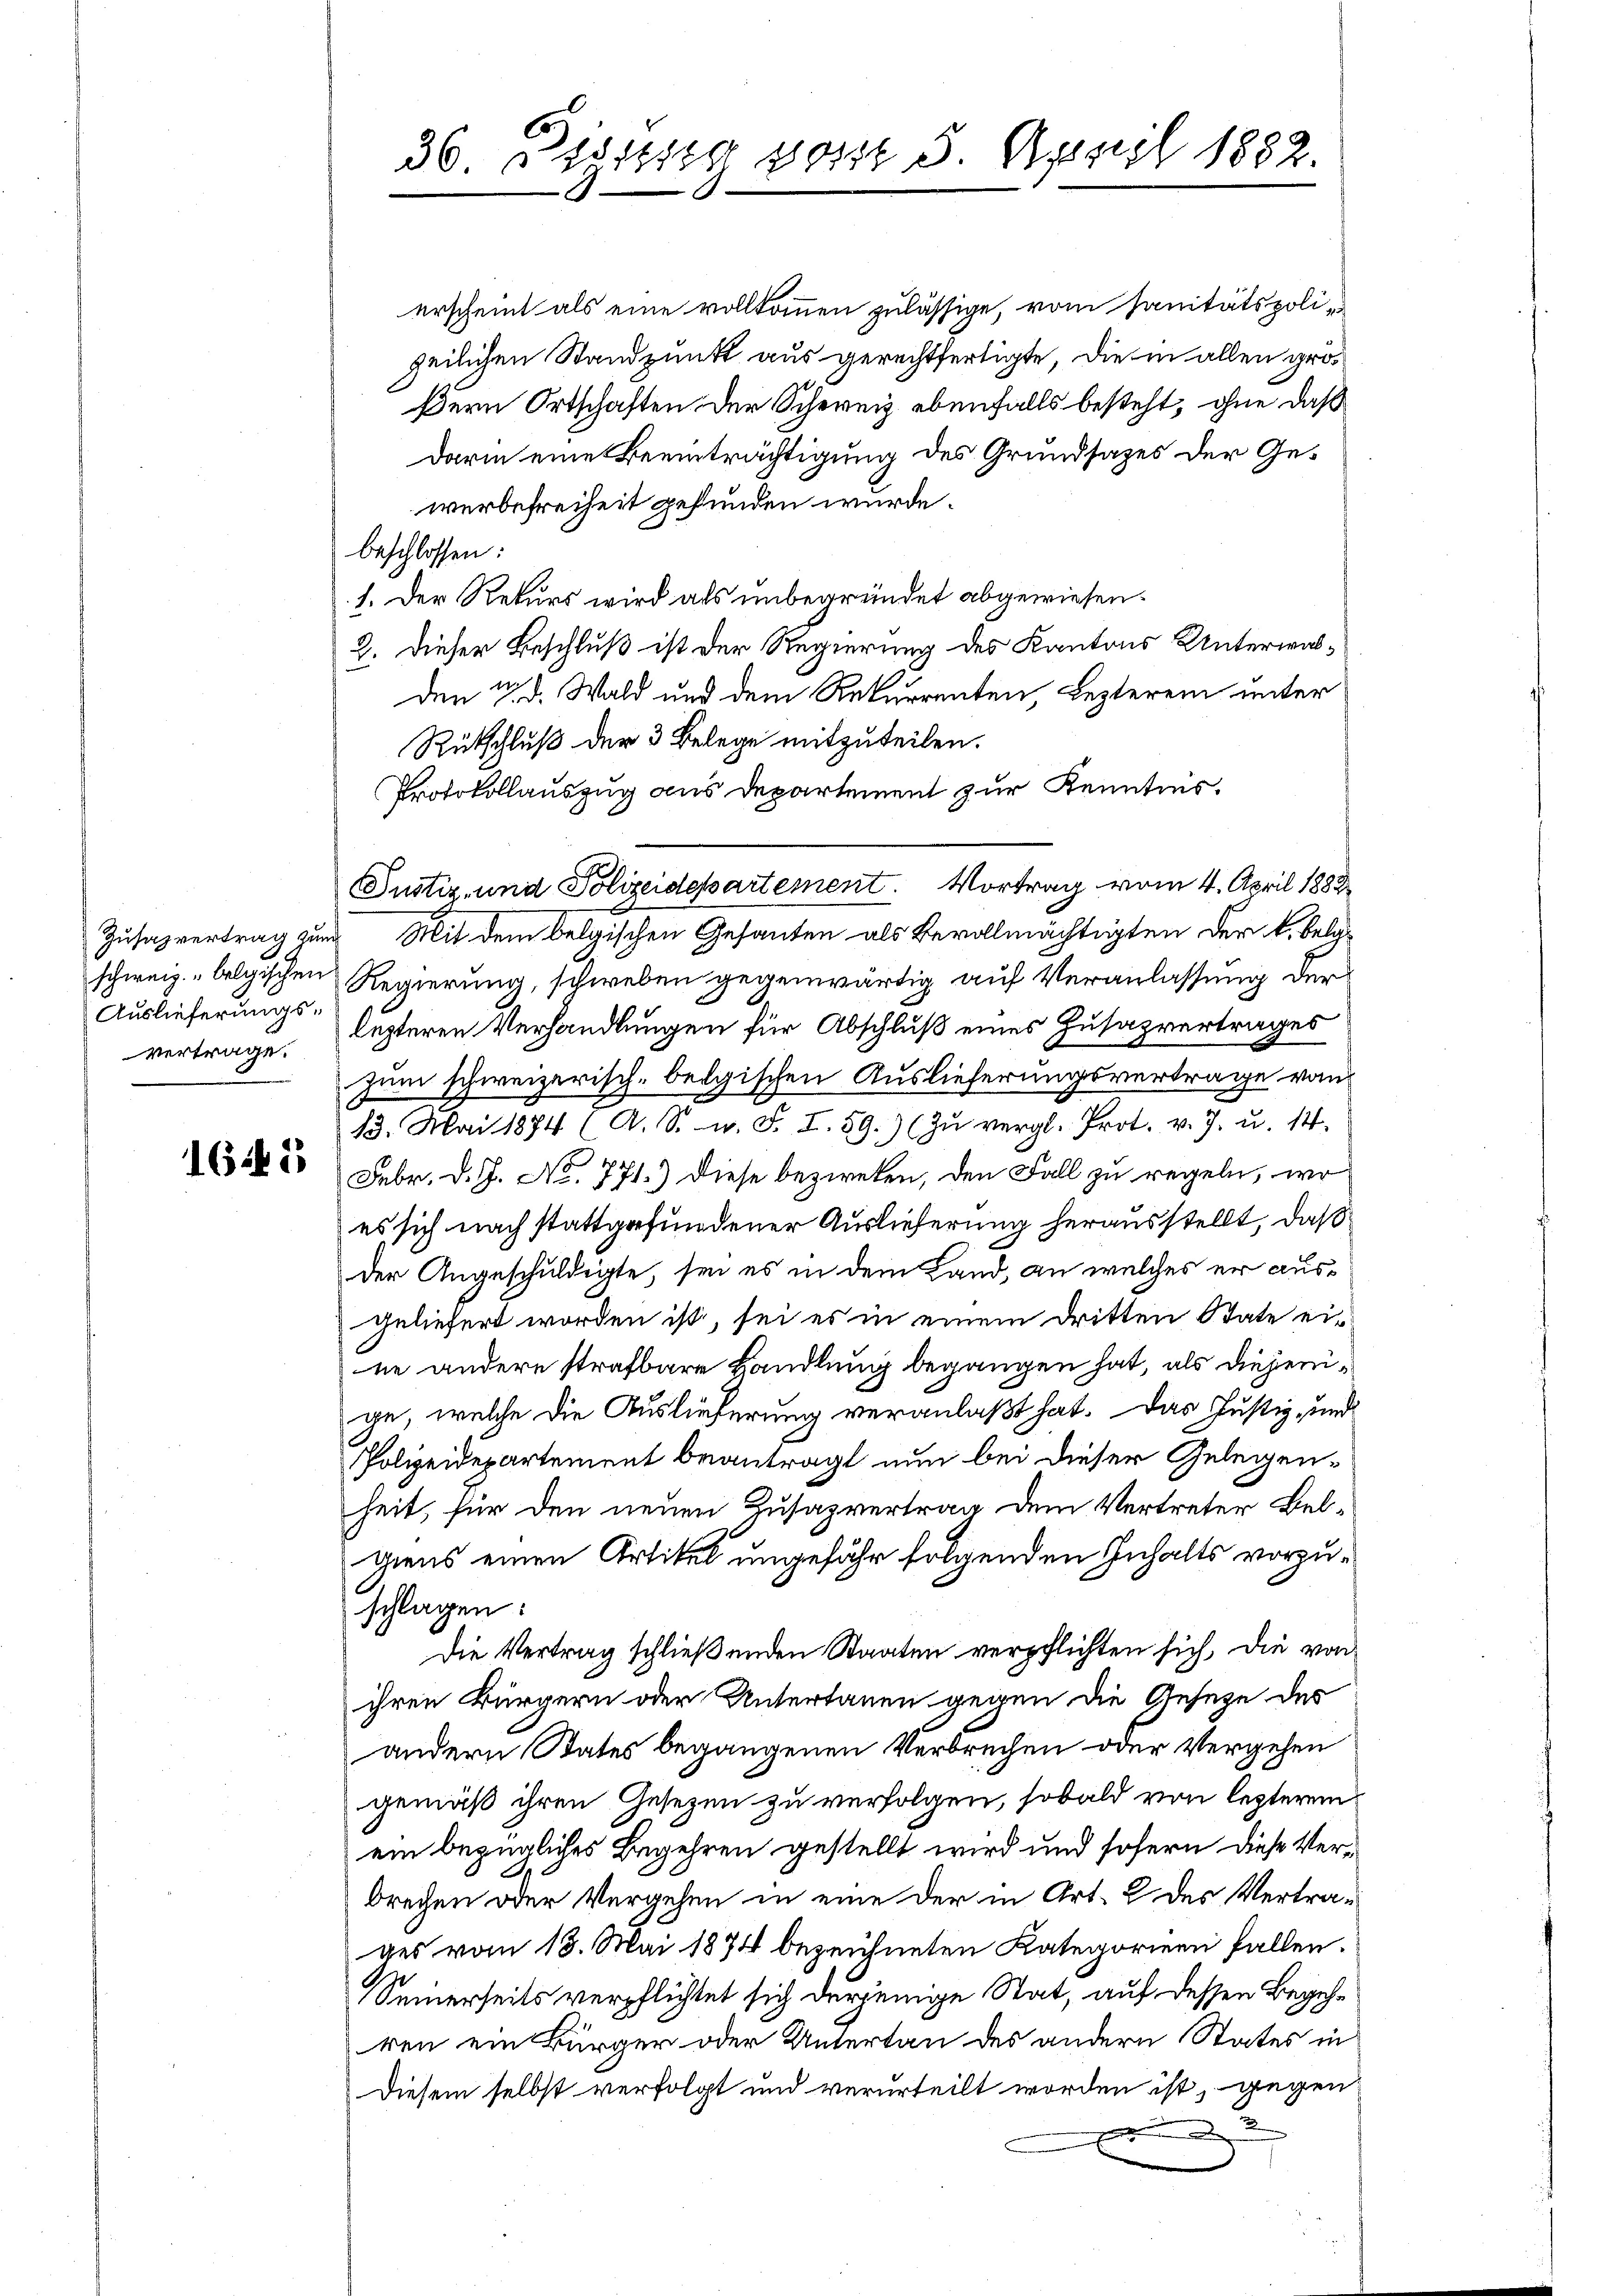
schweiz. belgischen
Auslieferungsvertrage.

1645

erscheint als eine vollkommen zulässige, vom Sanitätspolizeilichen Standpunkt aus gerechtfertigte, die in allen größern Ortschaften der Schereiz ebenfalls besteht, ohne daß
darin eine Beeinträchtigung des Grundsatzes der Gewerbefreiheit gefunden würde.
beschlossen:
1. Der Rekurs wird als unbegründet abgewiesen.
2. Dieser Beschluß ist der Regierung des Kantons Unterwalden 3. d. Wald und dem Rekurrenten, Lezterem unter
Rütschluß der 3 Belege mitzuteilen.
Protokollauszug aus Departement zur Kenntnis.
Regierung, schweben gegenwärtig auf Veranlassung der
lezteren Verhandlungen für Abschluß eines Zusazvertrages
zum schweizerisch-belgischen Auslieferungsvertrage vom
13. Mai 1874 (A. S. n. F. I. 59. (Zŭ vergl. Prot. v. J. u. 14.
Febr. d. J. No. 771.) Diese bezweken, den Fall zu regeln, wo
es sich nach stattgefundener Auslieferung herausstellt, daß
der Angeschuldigte, sei es in dem Land, an welches er ausgeliefert worden ist, sei es in einem dritten State eine andere strafbare Handlung begangen hat, als diejenige, welche die Auslieferung veranlaßt hat. Das Justiz, und
Polizeidepartement beantragt nun bei dieser Gelegenheit, für den neuen Zusazvertrag dem Vertreter Belgiens einen Artikel ungefähr folgenden Inhalts vorzuschlagen:
Die Vertrag schließenden Staaten verpflichten sich, die von
ihren Bürgern oder Untertanen gegen die Geseze des
andern States begangenen Verbrechen oder Vergehen
gemäß ihren Gesetzen zu verfolgen, sobald von lezteren
ein bezügliches Begehren gestellt wird und sofern diese Verbrechen oder Vergehen in eine der in Art. 2 des Vertrages vom 13. Mai 1874 bezeichneten Kategorieen fallen.
Seinerseits verpflichtet sich derjenige Stat, auf dessen Begehren ein Bürger oder Untertan des andern States in
Diesem selbst verfolgt und verurteilt worden ist, gegen

Justiz- und Polizeidepartement. Vortrag vom 4. April 1883
Zusazvertrag zum Mit dem belgischen Gesanten als Bevollmächtigten der k. belg¬

36. Pegittig von 5 April 1882.